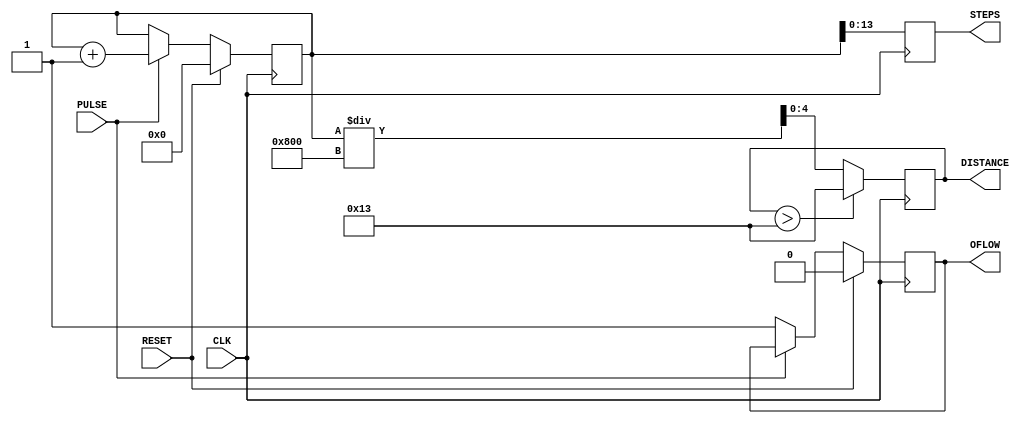
`timescale 1ns / 1ps
//////////////////////////////////////////////////////////////////////////////////
// Company:
// Engineer:
//
// Design Name:
// Module Name: fitbit_tracker
// Project Name:
// Target Devices:
// Tool Versions:
// Description:
//
// Dependencies:
//
// Revision:
// Revision 0.01 - File Created
// Additional Comments:
//
//////////////////////////////////////////////////////////////////////////////////

module fitbittracker(PULSE, CLK, RESET, STEPS, OFLOW, DISTANCE);

input PULSE, CLK, RESET;
output reg [13:0] STEPS;
output reg OFLOW;

output reg [4:0] DISTANCE;

reg [15:0] step_counter;

always @(posedge CLK) 
begin
    if(RESET) 
    begin
        step_counter <= 16'd0;
        STEPS <= 14'd0;
        OFLOW <= 1'b0;
        DISTANCE <= 5'd0;
    end 
    else
     begin
        if(PULSE) begin  
        step_counter <= step_counter + 1'b1;
    end
    else 
     begin
        OFLOW <= 1'b1;
     end
    end
        STEPS <= step_counter[13:0];
        
        // Distance calculation
        DISTANCE <= step_counter / 2048; // Each increment represents 0.5 miles
        if(DISTANCE > 19) begin // Limit to 9.5 miles max
        DISTANCE <= 19;
    end
   end
  

endmodule